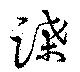
蹀